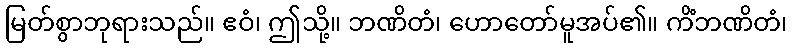
မြတ်စွာဘုရားသည်။ ဧဝံ၊ ဤသို့။ ဘဏိတံ၊ ဟောတော်မူအပ်၏။ ကိံဘဏိတံ၊